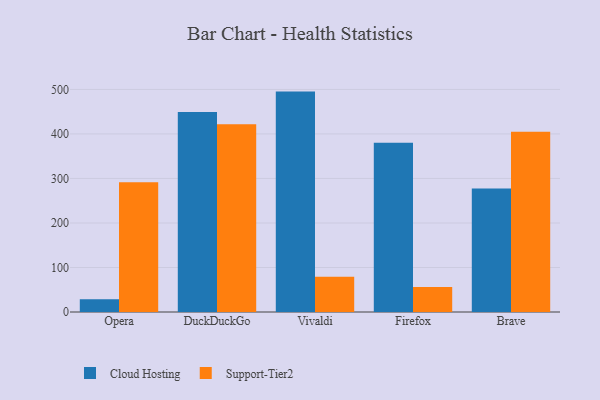
{"axis": {"x": "Browser", "y": "Satisfaction Score"}, "legend": ["Cloud Hosting", "Support-Tier2"], "data": [{"x": "Opera", "y": 28.7, "type": "Cloud Hosting"}, {"x": "Opera", "y": 291.6, "type": "Support-Tier2"}, {"x": "DuckDuckGo", "y": 449.5, "type": "Cloud Hosting"}, {"x": "DuckDuckGo", "y": 421.7, "type": "Support-Tier2"}, {"x": "Vivaldi", "y": 495.1, "type": "Cloud Hosting"}, {"x": "Vivaldi", "y": 79.2, "type": "Support-Tier2"}, {"x": "Firefox", "y": 380.1, "type": "Cloud Hosting"}, {"x": "Firefox", "y": 56.4, "type": "Support-Tier2"}, {"x": "Brave", "y": 277.6, "type": "Cloud Hosting"}, {"x": "Brave", "y": 404.9, "type": "Support-Tier2"}]}